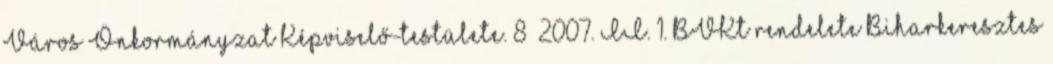
Város Önkormányzat Képviselő-testülete. 8 2007. II. 1. BVKt rendelete Biharkeresztes